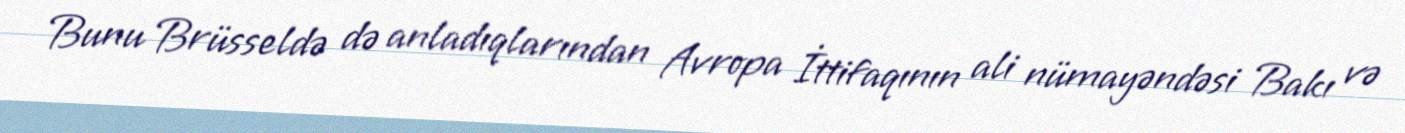
Bunu Brüsseldə də anladıqlarından Avropa İttifaqının ali nümayəndəsi Bakı və